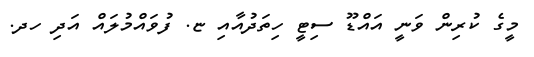
މީގެ ކުރިން ވަނީ އައްޑޫ ސިޓީ ހިތަދުއާއި ޏ. ފުވައްމުލައް އަދި ހދ.